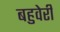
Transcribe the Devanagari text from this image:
बहुवेरी